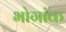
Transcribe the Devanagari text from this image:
भोगांक